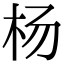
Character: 杨